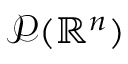
\mathcal P ( \mathbb { R } ^ { n } )